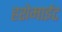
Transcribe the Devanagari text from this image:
हशेमाईट